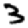
Digit: 3